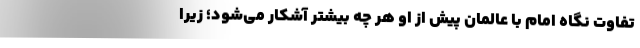
تفاوت نگاه امام با عالمان پیش از او هر چه بیشتر آشکار می‌شود؛ زیرا